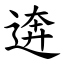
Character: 逩